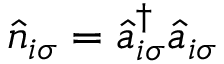
\hat { n } _ { i \sigma } = \hat { a } _ { i \sigma } ^ { \dag } \hat { a } _ { i \sigma }